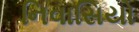
નિવાસિયો